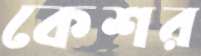
কেশর